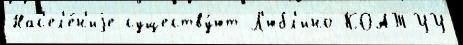
Нас'ел'е́н'иjе существу́ют Л'юбл'ино КОАТУУ